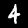
Digit: 4